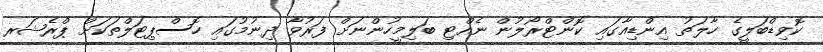
ކޮވިޑްބަލީގެ ހާލަތު އިންޑިއާގައި ކޮންޓްރޯލުން ނެއްޓި ބަލިމީހުންނަށް ފަރުވާ ދިނުމުގައި ހޮސްޕިޓަލްތަކަށް ޕްރެޝަރ